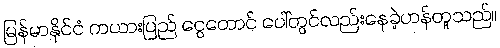
မြန်မာနိုင်ငံ ကယားပြည် ငွေတောင် ပေါ်တွင်လည်းနေခဲ့ဟန်တူသည်။